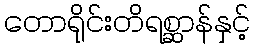
တောရိုင်းတိရစ္ဆာန်နှင့်